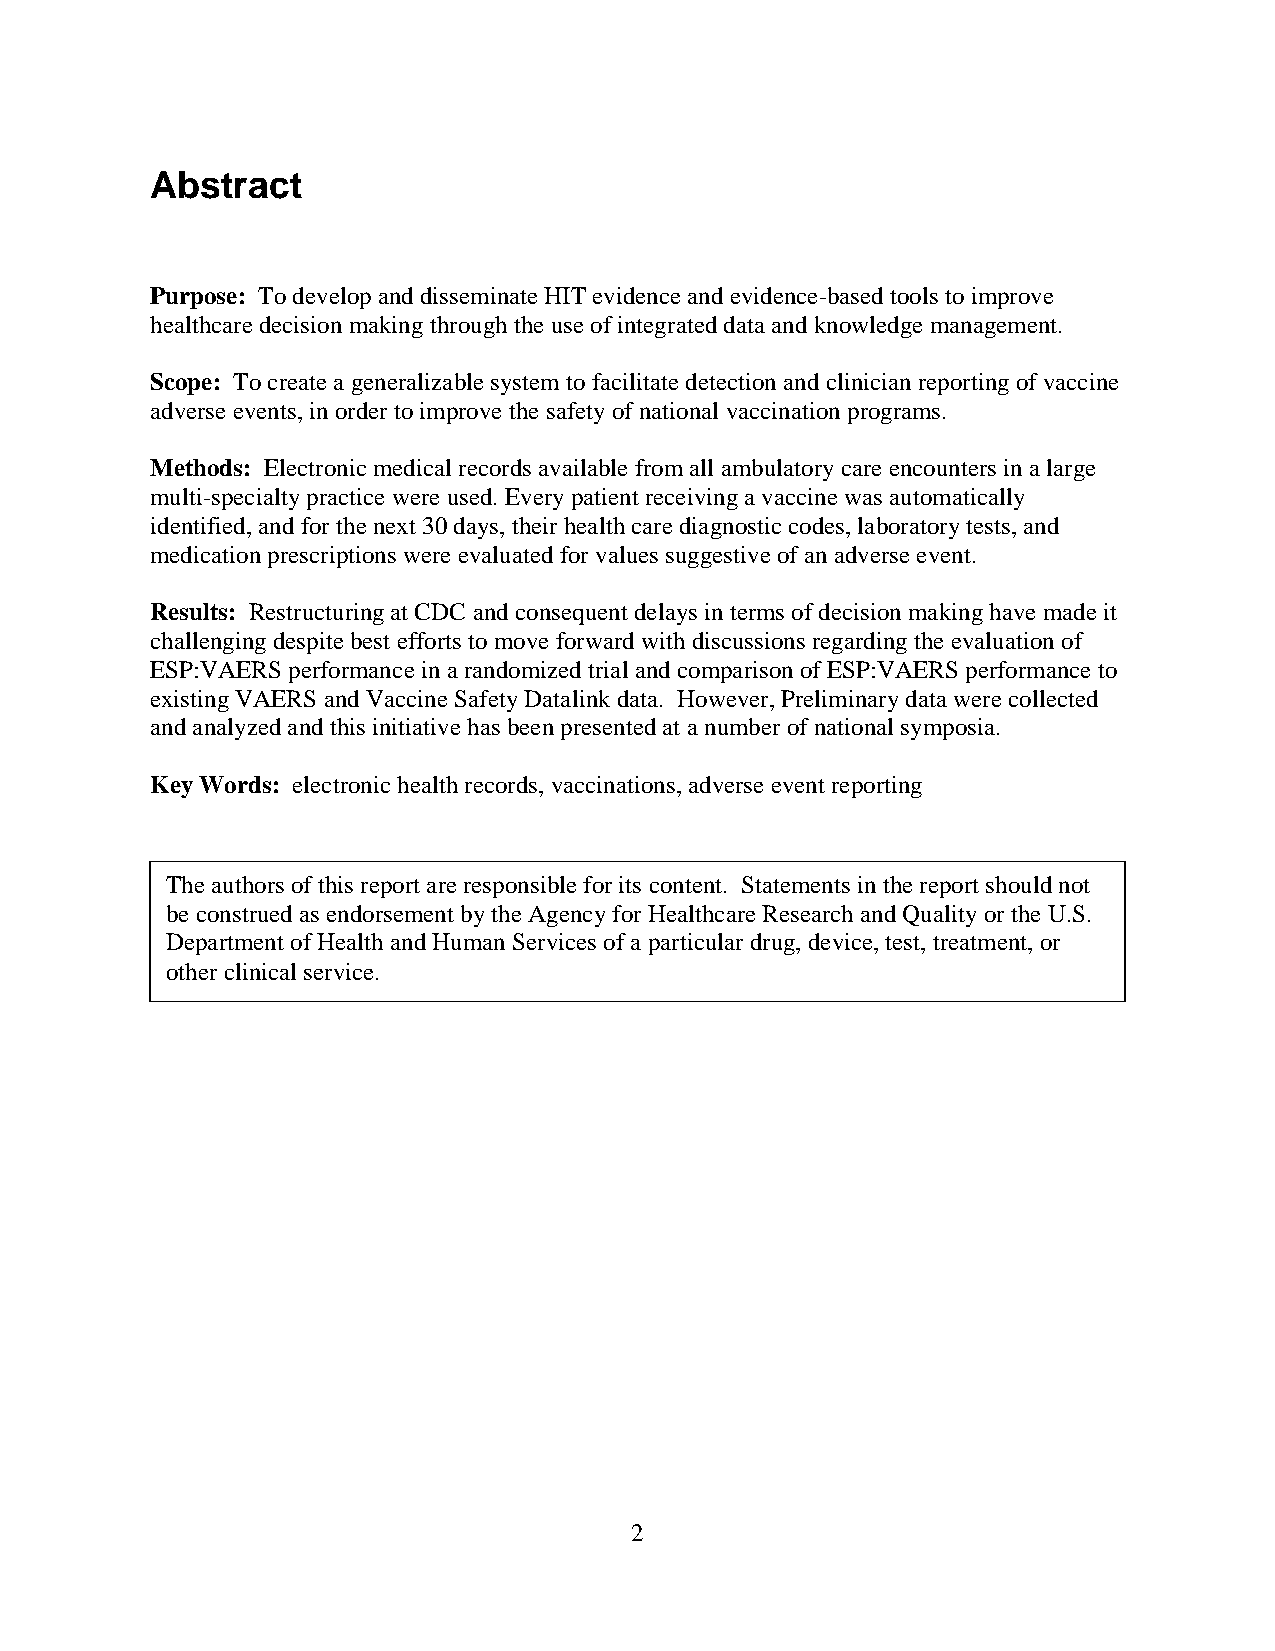
Abstract
 Purpose: To develop and disseminate HIT evidence and evidence-based tools to improve
 healthcare decision making through the use of integrated data and knowledge management.
 Scope: To create a generalizable system to facilitate detection and clinician reporting of vaccine
 adverse events, in order to improve the safety of national vaccination programs.
 Methods: Electronic medical records available from all ambulatory care encounters in a large
 multi-specialty practice were used. Every patient receiving a vaccine was automatically
 identified, and for the next 30 days, their health care diagnostic codes, laboratory tests, and
 medication prescriptions were evaluated for values suggestive of an adverse event.
 Results: Restructuring at CDC and consequent delays in terms of decision making have made it
 challenging despite best efforts to move forward with discussions regarding the evaluation of
 ESP:VAERS performance in a randomized trial and comparison of ESP:VAERS performance to
 existing VAERS and Vaccine Safety Datalink data. However, Preliminary data were collected
 and analyzed and this initiative has been presented at a number of national symposia.
 Key Words: electronic health records, vaccinations, adverse event reporting
 The authors of this report are responsible for its content. Statements in the report should not
 be construed as endorsement by the Agency for Healthcare Research and Quality or the U.S.
 Department of Health and Human Services of a particular drug, device, test, treatment, or
 other clinical service.
 2